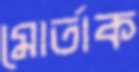
মোর্তাক